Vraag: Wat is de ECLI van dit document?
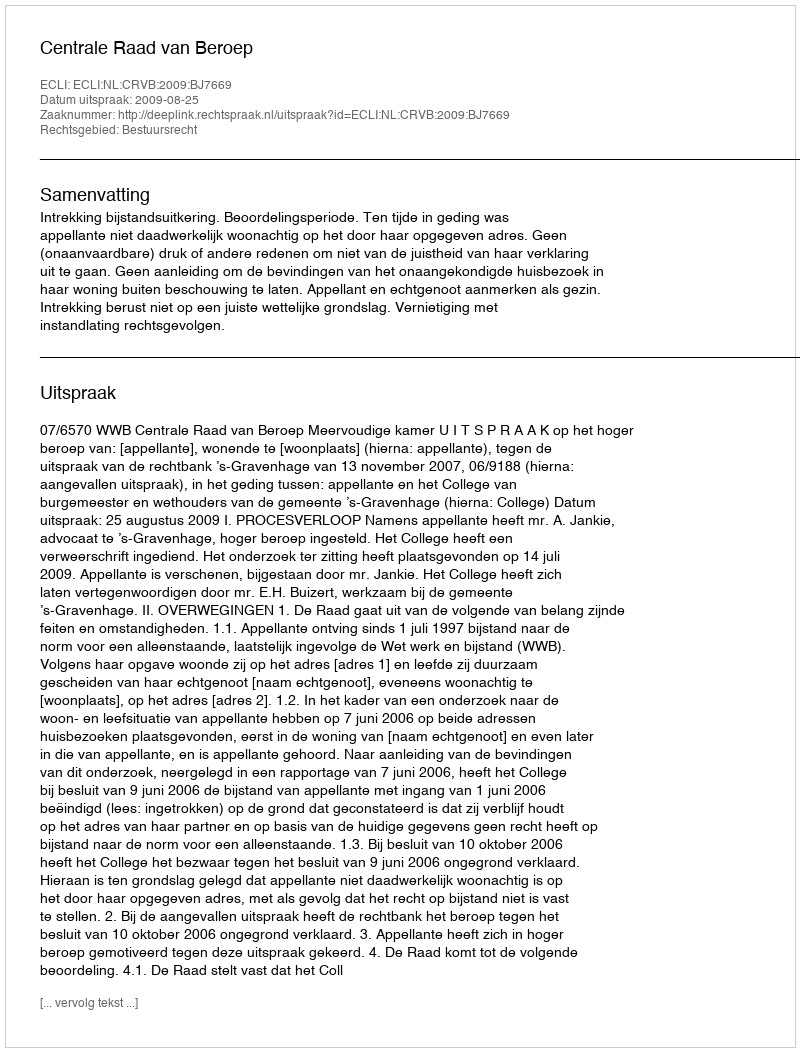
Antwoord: ECLI:NL:CRVB:2009:BJ7669